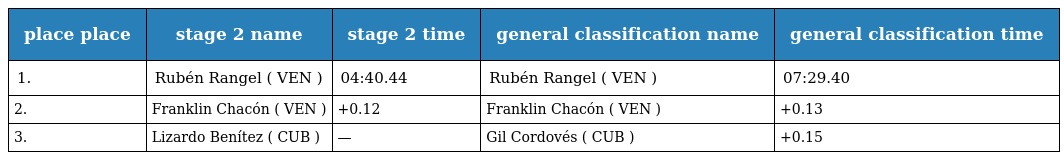
| place place | stage 2 name | stage 2 time | general classification name | general classification time |
 | --- | --- | --- | --- | --- |
 | 1. | Rubén Rangel ( VEN ) | 04:40.44 | Rubén Rangel ( VEN ) | 07:29.40 |
 | 2. | Franklin Chacón ( VEN ) | +0.12 | Franklin Chacón ( VEN ) | +0.13 |
 | 3. | Lizardo Benítez ( CUB ) | — | Gil Cordovés ( CUB ) | +0.15 |